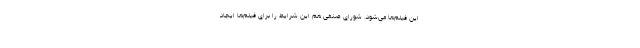
این فیلم‌ها می‌شود. شورای صنفی هم این شرایط را برای فیلم‌ها ایجاد